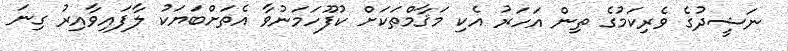
ނަޝީދުގެ ވެރިކަމުގެ ތިން އަހަރު އެކި މަޤާމްތަކަށް ކުފޫހަމަނުވާ އެތަށްބަޔަކު ލާފައިވާއިރު ގިނަ